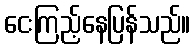
ငေးကြည့်နေပြန်သည်။